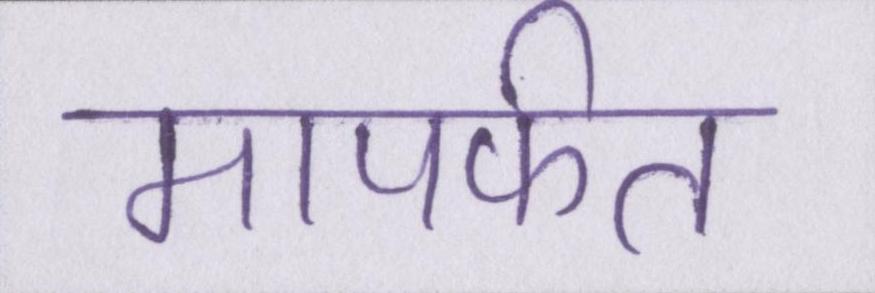
मापर्फत